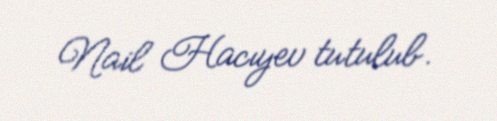
Nail Hacıyev tutulub.